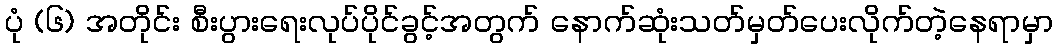
ပုံ (၆) အတိုင်း စီးပွားရေးလုပ်ပိုင်ခွင့်အတွက် နောက်ဆုံးသတ်မှတ်ပေးလိုက်တဲ့နေရာမှာ